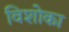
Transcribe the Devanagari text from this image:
विशोका